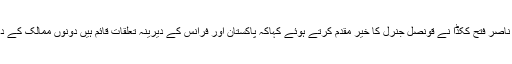
پاکستان کیمیکلز اینڈ ڈائز مرچنٹس ایسوسی ایشن( پی سی ڈی ایم اے) کے چیئرمین ناصر فتح ککڈا نے قونصل جنرل کا خیر مقدم کرتے ہوئے کہاکہ پاکستان اور فرانس کے دیرینہ تعلقات قائم ہیں دونوں ممالک کے درمیان باہمی تجارت اور سرمایہ کاری کے وسیع اور منافع بخش مواقع موجود ہیں۔